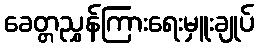
ခေတ္တညွှန်ကြားရေးမှူးချုပ်